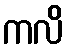
ကလိ